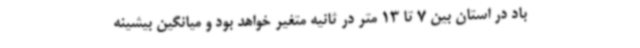
باد در استان بین 7 تا 13 متر در ثانیه متغیر خواهد بود و میانگین بیشینه